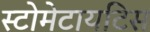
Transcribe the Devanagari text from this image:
स्टोमेटायटिस